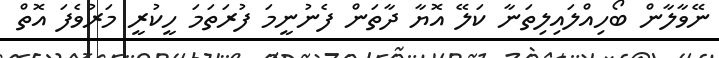
ނޭވާލާން ބޯހިއްލައިލިތަނާ ކަލޭ އޮޔާ ދާތަން ފެނުނީމަ ފުރަތަމަ ހީކުރީ މަރުވެފަ އޮތް